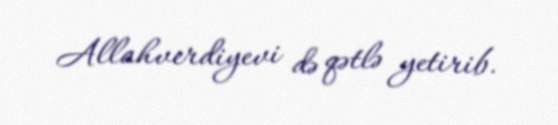
Allahverdiyevi də qətlə yetirib.